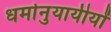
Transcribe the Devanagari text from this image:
धर्मानुयायीयों